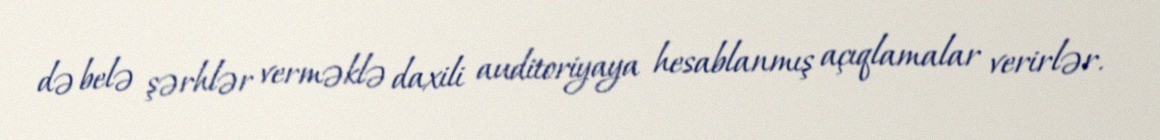
də belə şərhlər verməklə daxili auditoriyaya hesablanmış açıqlamalar verirlər.